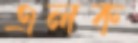
এলক